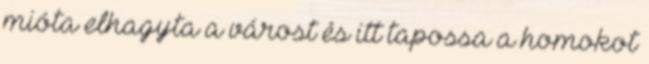
mióta elhagyta a várost és itt tapossa a homokot